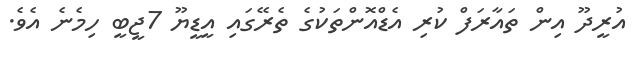
އުރީދޫ އިން ތައާރަފް ކުރި އެޑްއޮންތަކުގެ ތެރޭގައި އީޑީޔޫ 7ޖީބީ ހިމެނެ އެވެ.